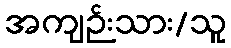
အကျဉ်းသား/သူ